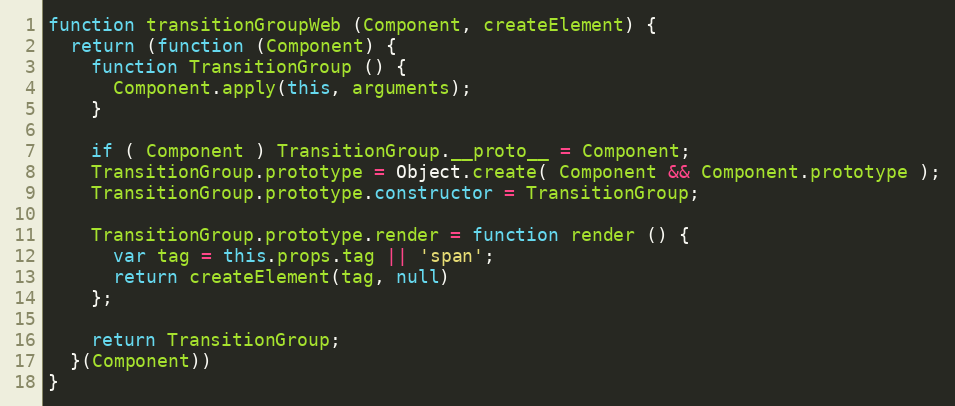
Language: JavaScript
function transitionGroupWeb (Component, createElement) {
  return (function (Component) {
    function TransitionGroup () {
      Component.apply(this, arguments);
    }

    if ( Component ) TransitionGroup.__proto__ = Component;
    TransitionGroup.prototype = Object.create( Component && Component.prototype );
    TransitionGroup.prototype.constructor = TransitionGroup;

    TransitionGroup.prototype.render = function render () {
      var tag = this.props.tag || 'span';
      return createElement(tag, null)
    };

    return TransitionGroup;
  }(Component))
}